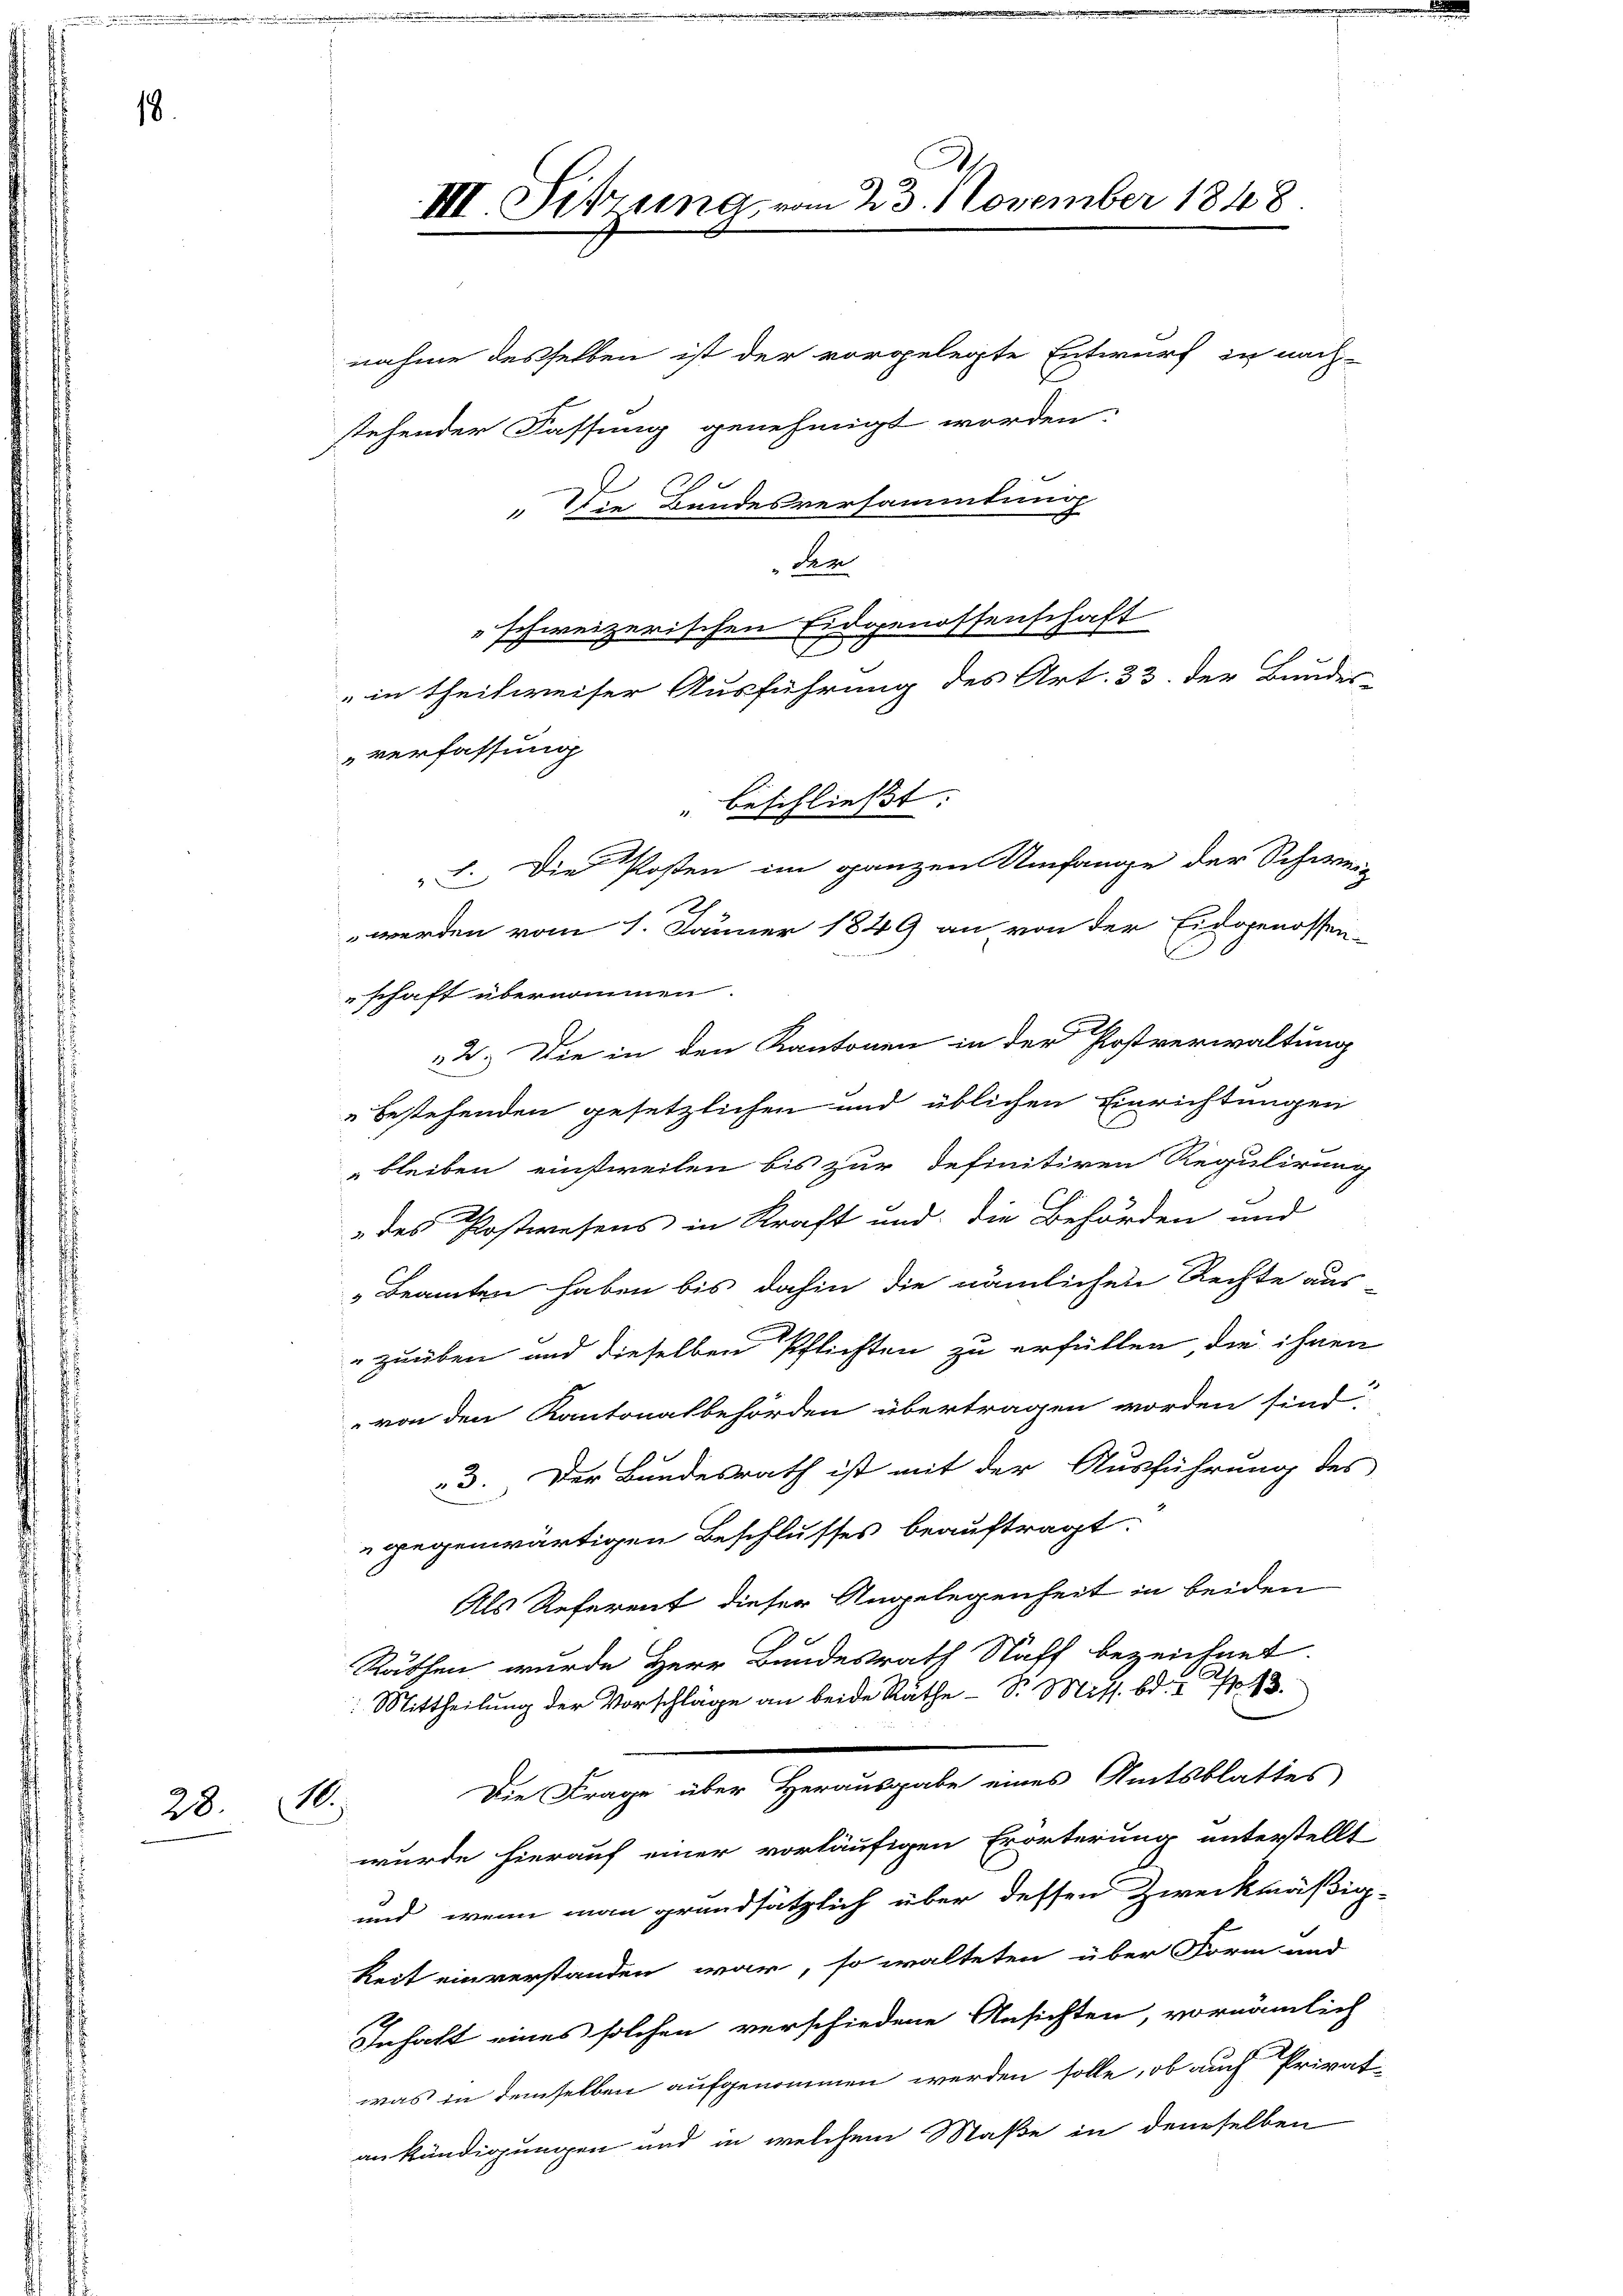
18

28. 10.

III. Sitzung vom 25. November 1848

stehender Fassung genehmigt worden.
“ Die Bundesversammlung
Sem
schweizerischen Eidgenossenschaft
E
in theilweiser Ausführung des Art. 33. Der Bundes-
verfassung
" beschließt:
1. Die Posten im ganzen Umfange der Schweiz
werden vom 1. Jänner 1849 an von der Eidgenossen-
schaft übernommen.
22.) Die in den Kantonen in der Postverwaltung
bestehenden gesetzlichen und üblichen Einrichtungen
bleiben einsweilen bis zur Definitiven Regulirung
 des Postwesens in Kraft und die Behörden und
Beamten haben bis dahin die nämlichen Rechte aus-
zuüben und dieselben Pflichten zu erfüllen die ihnen
" von den Kantonalbehörden übertragen worden sind
23. Der Bundesrath ist mit der Ausführung des
gegenwärtigen Beschlusses beauftragt.
Als Referent dieser Angelegenheit in beiden
Rathen wurde Herr Bundesrath Staff bezeichnet.
: Mittheilung der Vorschläge an beide Räthe Sr. Mits. Bd. I 43.
Die Frage über Herausgabe eines Amtsblattes
wurde hierauf einer vorläufigen Erörterung unterstellt
und, wenn man grundsätzlich über dessen Zweckmäßig
keit einverstanden war, so walteten über Form und
Inhalt eines solchen verschiedene Ansichten, vornämlich
was in demselben aufgenommen werden solle, ob auch Privat-
ankündigungen und in welchem Maße in demselben

nahme desselben ist der vorgelegte Entwurf in nach-